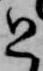
と